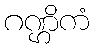
ဂဏ္ဌိကံ